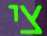
צי